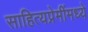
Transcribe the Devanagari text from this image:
साहित्यप्रेमींमध्ये